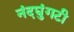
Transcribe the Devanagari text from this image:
नंदघुंगटी